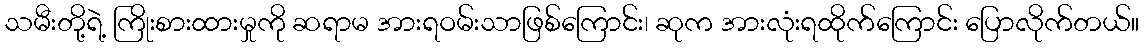
သမီးတို့ရဲ့ ကြိုးစားထားမှုကို ဆရာမ အားရဝမ်းသာဖြစ်ကြောင်း၊ ဆုက အားလုံးရထိုက်ကြောင်း ပြောလိုက်တယ်။